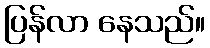
ပြန်လာ နေသည်။